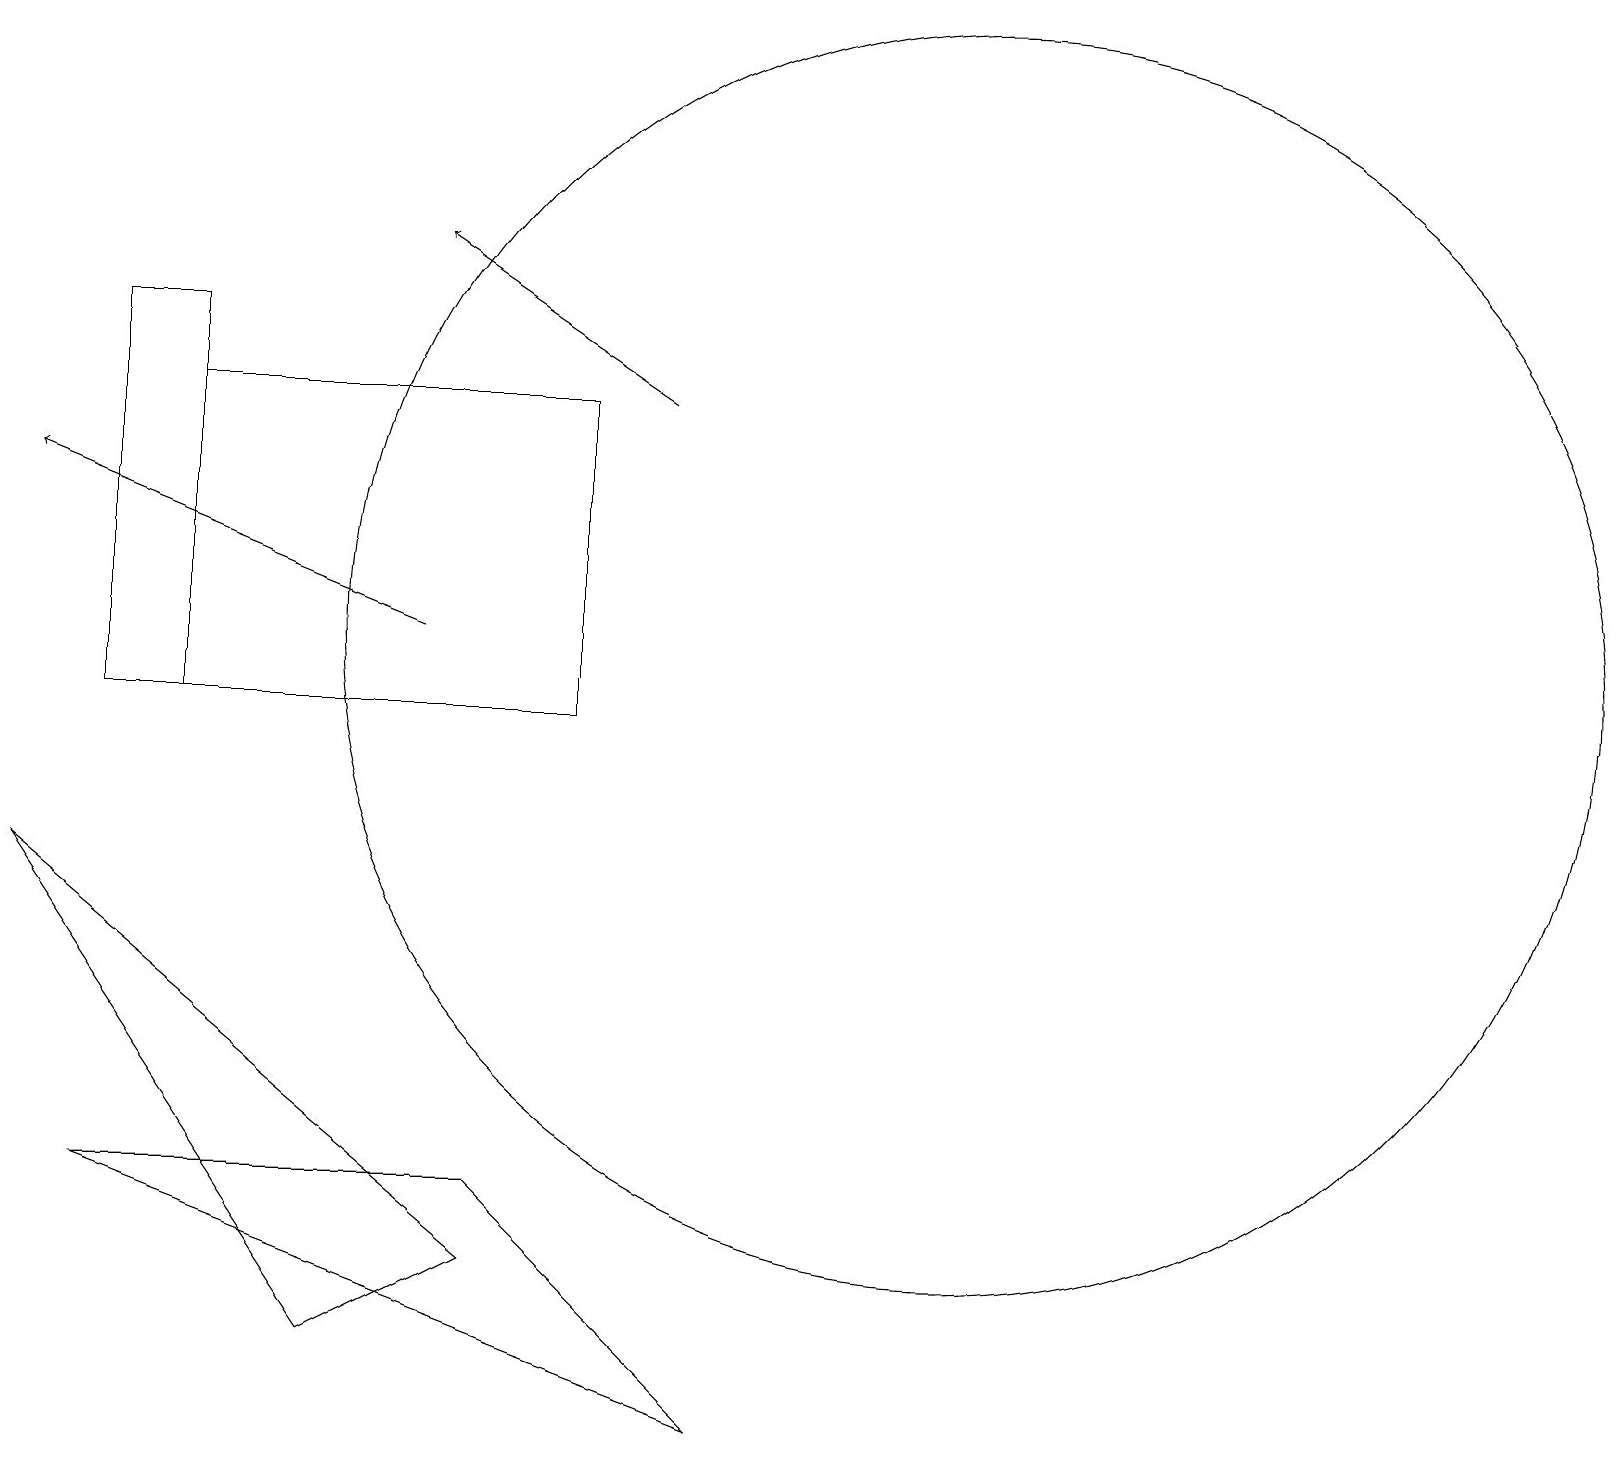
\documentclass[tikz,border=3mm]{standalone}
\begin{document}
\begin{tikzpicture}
\draw (1,4) -- (9,1) -- (6,4) -- cycle;
\draw (7,10) rectangle (2,14);
\draw[->] (8,14) -- (5,16);
\draw[->] (5,11) -- (0,13);
\draw (1,15) rectangle (2,10);
\draw (12,11) circle (8);
\draw (4,2) -- (0,8) -- (6,3) -- cycle;
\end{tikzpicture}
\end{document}